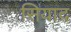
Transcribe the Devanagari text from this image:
सियाद